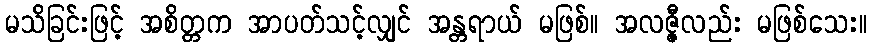
မသိခြင်းဖြင့် အစိတ္တက အာပတ်သင့်လျှင် အန္တရာယ် မဖြစ်။ အလဇ္ဇီလည်း မဖြစ်သေး။